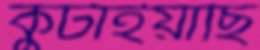
কুটাইয়াছি